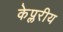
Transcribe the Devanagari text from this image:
केप्लरीय